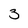
Character: 3